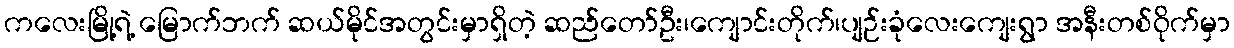
ကလေးမြို့ရဲ့ မြောက်ဘက် ဆယ်မိုင်အတွင်းမှာရှိတဲ့ ဆည်တော်ဦး၊ကျောင်းတိုက်၊ပျဉ်းခုံလေးကျေးရွာ အနီးတစ်ဝိုက်မှာ